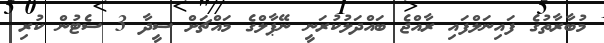
މުބާރާތުގެ ފައިނަލްފައި ރާއްޖެ ބައްދަލުކުރަނީ ނޭޕާލްގެ މައްޗަށް ސީދާ 3 ސެޓުން ކުރި